Scottish Leaving Certificate Examination, 1958
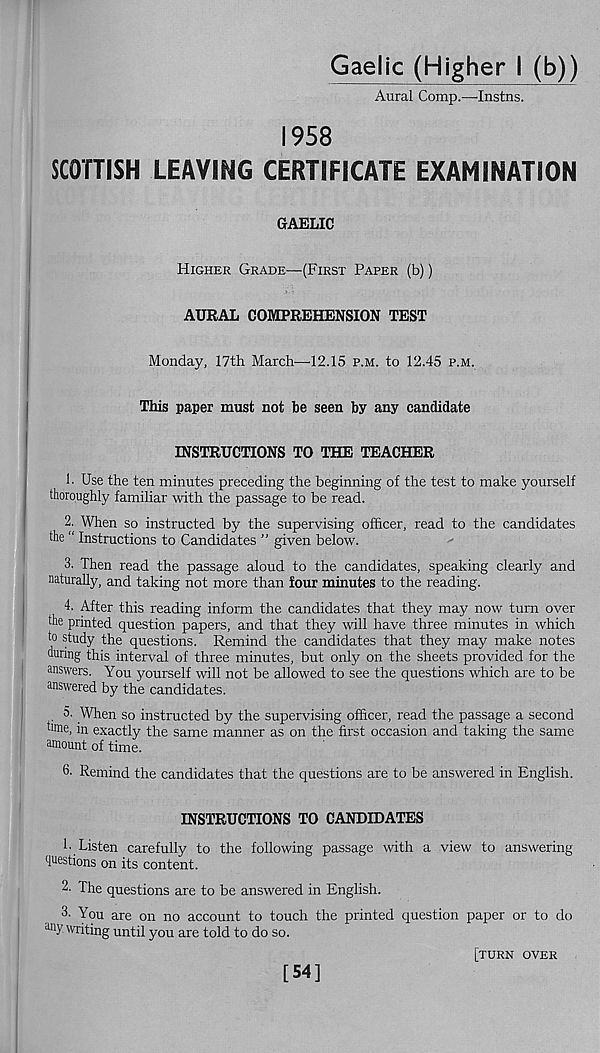
Gaelic (Higher I (b))
Aural Comp.—Instils.
1958
SCOTTISH LEAVING CERTIFICATE EXAMINATION
GAELIC
Higher Grade—(First Paper (b))
AURAL COMPREHENSION TEST
Monday, 17th March—-12.15 p.m. to 12.45 p.m.
This paper must not he seen by any candidate
INSTRUCTIONS TO THE TEACHER
1 ■ Use the ten minutes preceding the beginning of the test to make yourself
thoroughly familiar with the passage to be read.
2. When so instructed by the supervising officer, read to the candidates
the “ Instructions to Candidates ” given below.
3. Then read the passage aloud to the candidates, speaking clearly and
naturally, and taking not more than four minutes to the reading.
4. After this reading inform the candidates that they may now turn over
the printed question papers, and that they will have three minutes in which
to study the questions. Remind the candidates that they may make notes
during this interval of three minutes, but only on the sheets provided for the
answers. You yourself will not be allowed to see the questions which are to be
answered by the candidates.
n- When so instructed by the supervising officer, read the passage a second
tune, in exactly the same manner as on the first occasion and taking the same
amount of time.
6- Remind the candidates that the questions are to be answered in English.
INSTRUCTIONS TO CANDIDATES
!• Listen carefully to the following passage with a view to answering
questions on its content.
2. The questions are to be answered in English.
3. You are on no account to touch the printed question paper or to do
a ny writing until you are told to do so.
[54]
[turn over